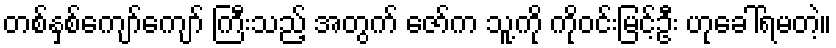
တစ်နှစ်ကျော်ကျော် ကြီးသည့် အတွက် ဇော်က သူ့ကို ကိုဝင်းမြင့်ဦး ဟုခေါ်ရမတဲ့။